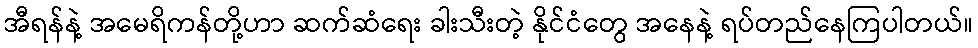
အီရန်နဲ့ အမေရိကန်တို့ဟာ ဆက်ဆံရေး ခါးသီးတဲ့ နိုင်ငံတွေ အနေနဲ့ ရပ်တည်နေကြပါတယ်။